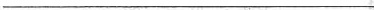
___